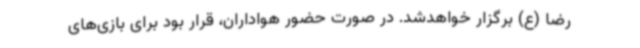
رضا (ع) برگزار خواهدشد. در صورت حضور هواداران، قرار بود برای بازی‌های